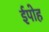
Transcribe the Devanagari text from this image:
ईपोह